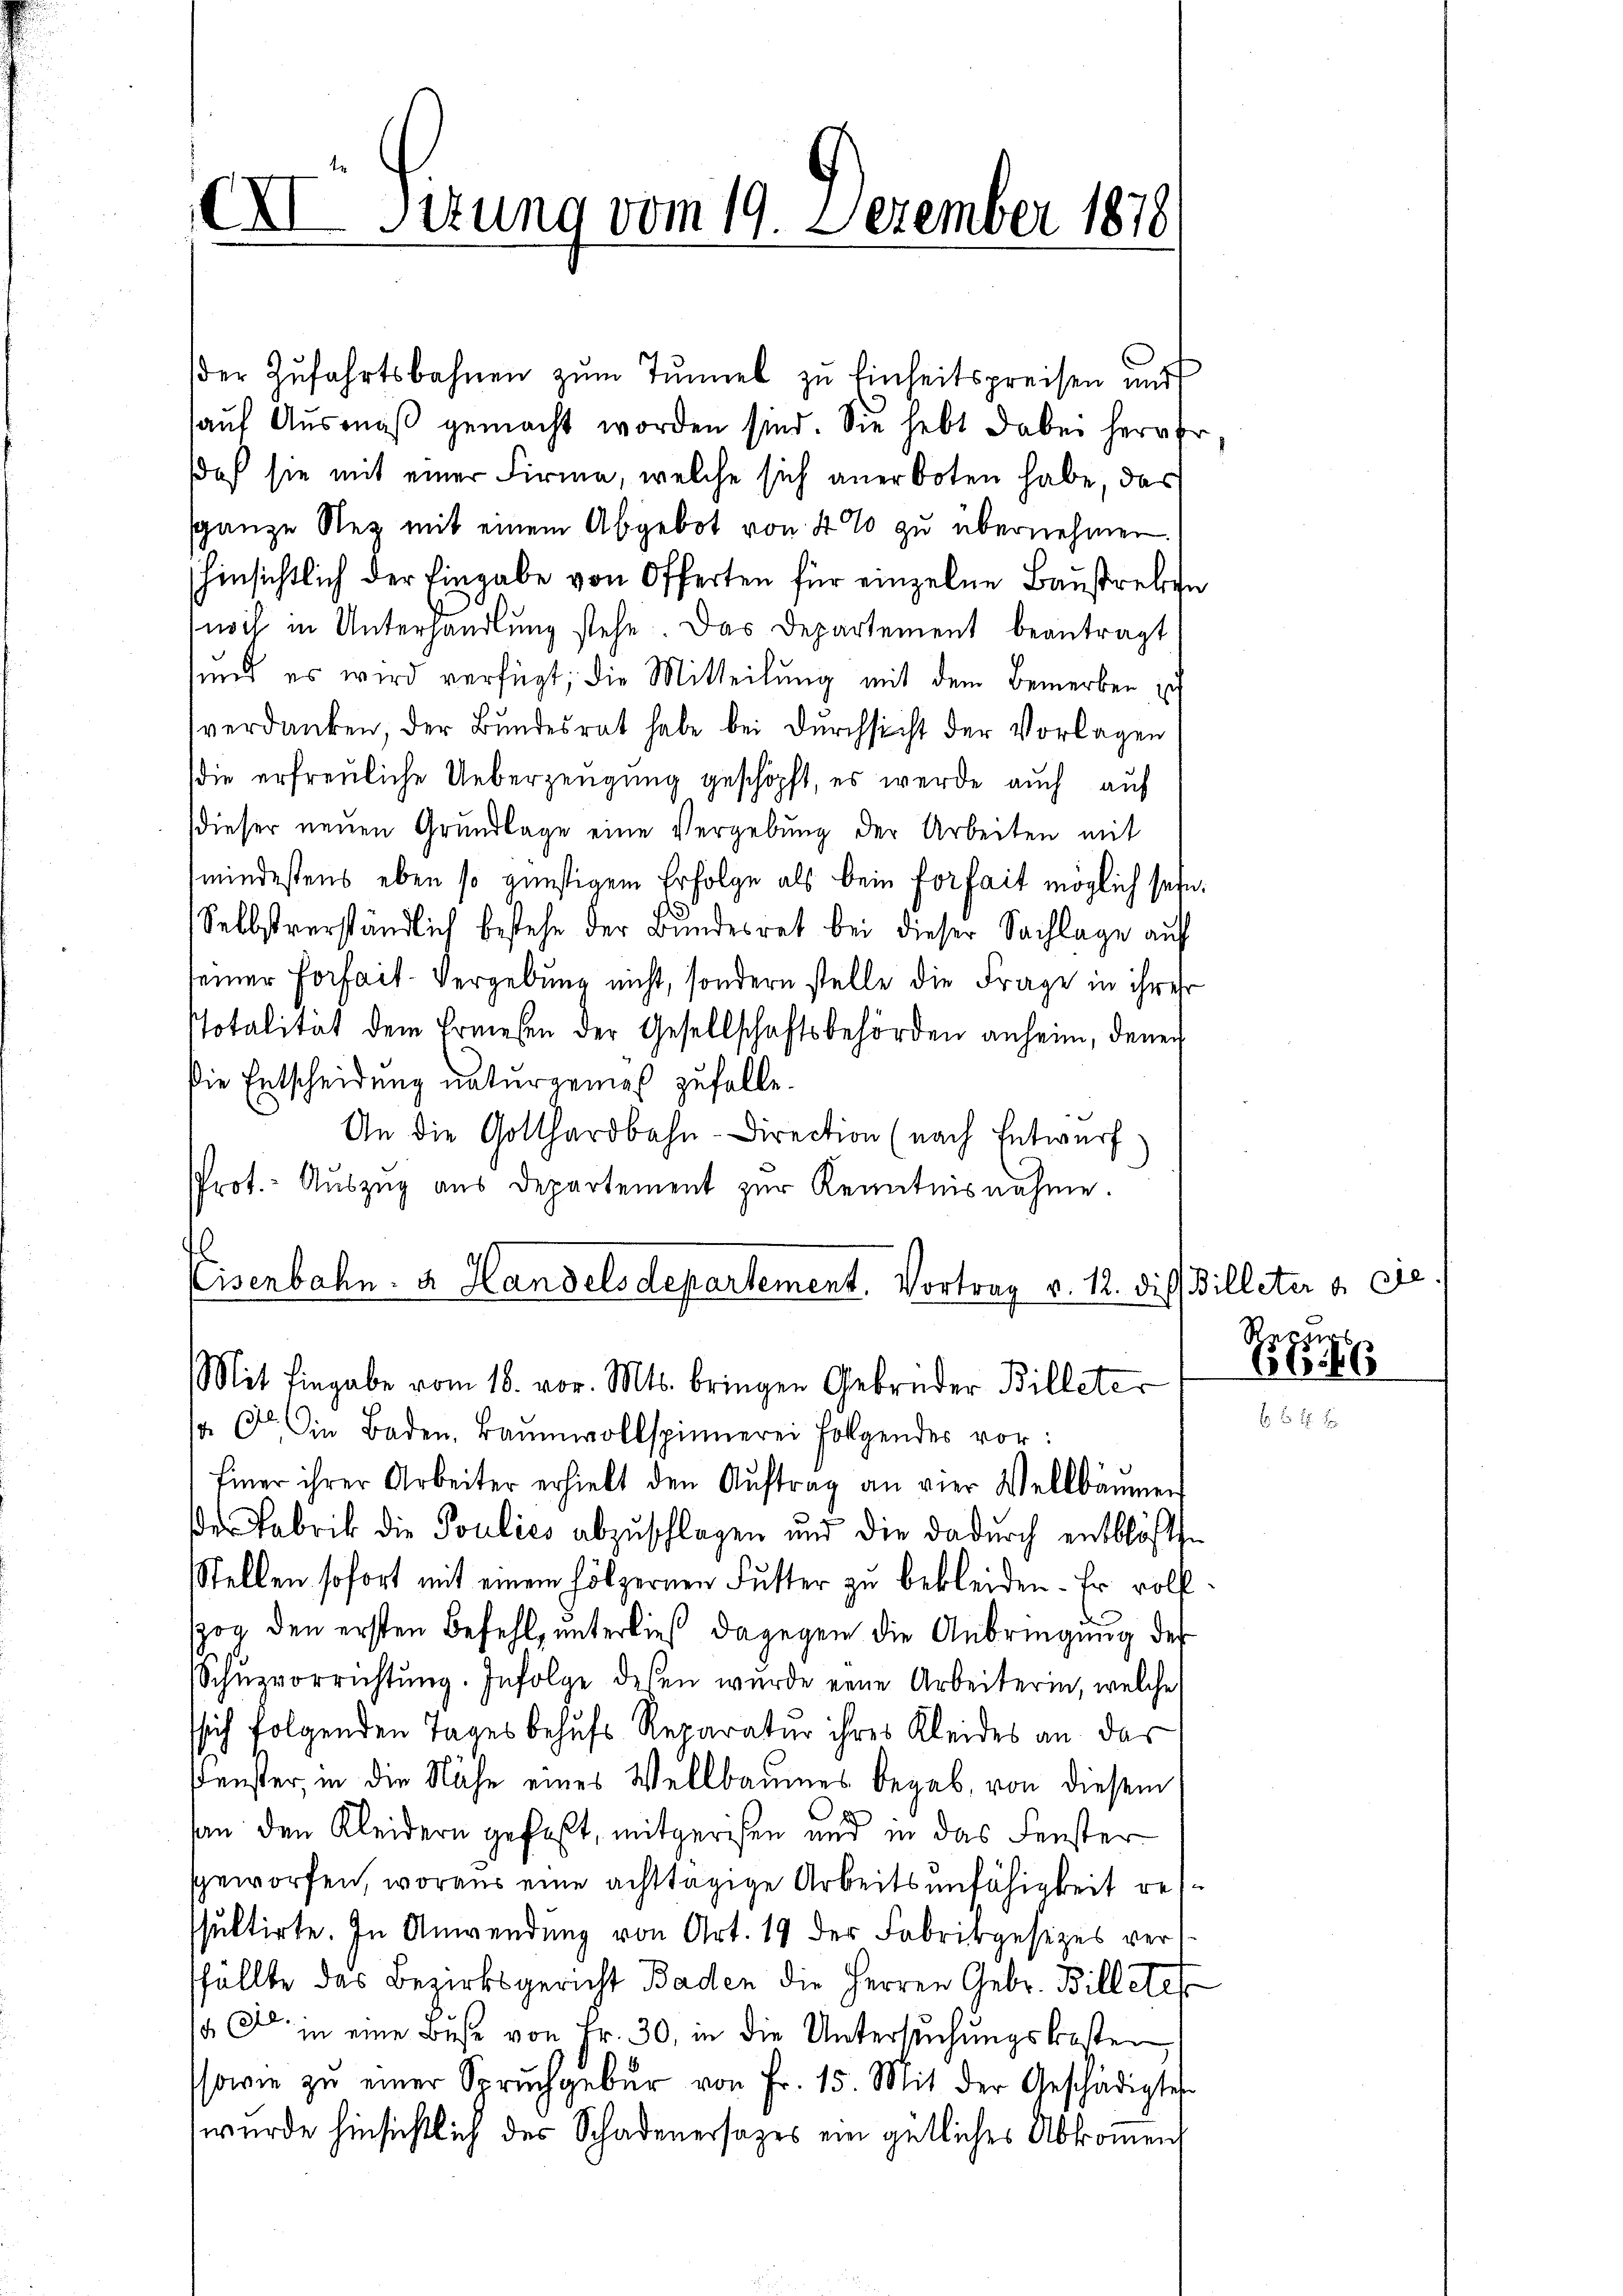
XXI Sizung vom 19. Dezember 1878

der Zŭfahrtsbahnen zŭm Tŭnnel zu Einheitspreisen und
aŭf Aŭsmaβ gemacht worden sind. Sie hebt dabei hervor
daß sie mit einer Firme, welche sich anerboten habe, das
sganze Rez mit einem Abgebot von 4 % zu übernehmen.
hinsichtlich der Eingabe von Offerten für einzelne Baustreben
noch in Unterhandlŭng stehe. Das Departement beantragt
sund es wird verfügt, die Mitteilung mit dem Bemerken ich
verdanken, der Bundesrat habe bei Durchsicht der Vorlagen
die erfreuliche Ueberzeugung geschöpft, es werde auch auf
(dieser neŭen Grŭndlage eine Vergebŭng der Arbeiten mit
mindestens eben so günstigem Erfolge als bein Forfait möglich sein.
Selbstverständlich bestehe der Bŭndesrat bei dieser Sachlage auf
seiner Forfait-Vergebung nicht, sondern stelle die Frage in ihrer
stotalität dem Ernesen der Gesellschaftsbehörden anheim, denen
die Entscheidung naturgemes zufalle.
An die Gotthardbahn-Direction (nach Entwurf)
Prot.- Aŭszŭg aŭs departement zŭr Kenntnisnahme.
Eisenbahn- u. Handels departement. Vortrag v. 12. die Billeter u. die
Mit Eingabe vom 18. vor. Mts. bringen Gebrüder Billeter
sa in Baden, Baŭmwollspinnerei folgendes vor:
Einer ihrer Arbeiter erhielt den Aŭftrag an vier Weltbäŭmen
er Fabrik die Paulics abzuschlagen und die dadurch entblöste
Stellen sofort mit einem hölzernen Futter zu bekleiden. Er vollog den ersten Befehl, unterließ dagegen die Anbringung des
Schüzvorrichtŭng. Infolge dessen wurde eine Arbeiterin, welche
ssich folgenden Tages behufs Reparatur ihres Kleides an das
Fenster, in die Nähe eines Wellbaumes begab, von diesem
an den Kleidern gefaßt, mitgerisen und in das Fenster
sgeworfen, woraus eine achttägige Arbeitsunfähigkeit resspuktirte. In Anwendung von Art. 19 der Fabrikgesezes verfällte das Bezirksgericht Baden die Herren Gebr. Billetet
14 Al. in eine Bŭse von Fr. 30, in die Untersŭchŭngskosten,
ssowie zŭ einer Spruchgebŭr von Fr. 15. Mit der Geschädigte
wurde hinsichtlich des Schadenersatzes ein gütliches Abkommen

Regun
6646